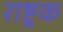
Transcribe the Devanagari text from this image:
राष्ट्रक